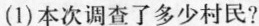
(1)本次调查了多少村民?